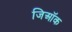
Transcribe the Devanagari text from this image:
जिऑक